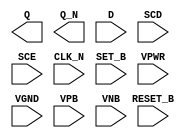
module sky130_fd_sc_lp__sdfbbn (
    Q      ,
    Q_N    ,
    D      ,
    SCD    ,
    SCE    ,
    CLK_N  ,
    SET_B  ,
    RESET_B,
    VPWR   ,
    VGND   ,
    VPB    ,
    VNB
);

    output Q      ;
    output Q_N    ;
    input  D      ;
    input  SCD    ;
    input  SCE    ;
    input  CLK_N  ;
    input  SET_B  ;
    input  RESET_B;
    input  VPWR   ;
    input  VGND   ;
    input  VPB    ;
    input  VNB    ;
endmodule